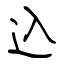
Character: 込